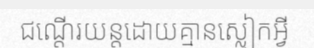
ជណ្តើរយន្តដោយគ្មានស្លៀកអ្វី